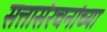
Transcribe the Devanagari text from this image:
सत्तासंरचनांच्या